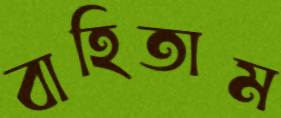
বাহিতাম